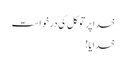
خدا پر توکل کی درخواست
خدایا!